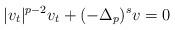
LaTeX: \begin{align*}|v_t|^{p-2}v_t+(-\Delta_p)^s v=0\end{align*}